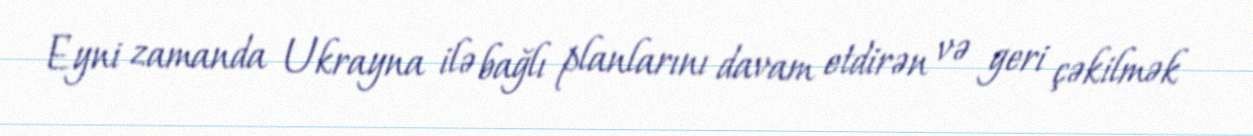
Eyni zamanda Ukrayna ilə bağlı planlarını davam etdirən və geri çəkilmək